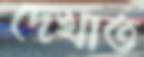
দেখাত